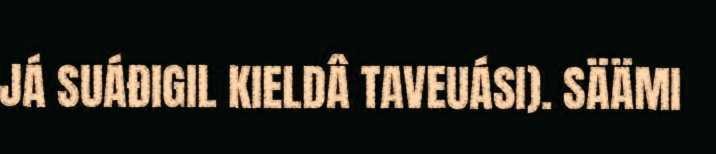
JÁ SUÁĐIGIL KIELDÂ TAVEUÁSI). SÄÄMI